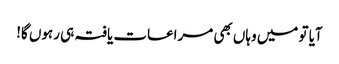
آیا تو میں وہاں بھی مراعات یافتہ ہی رہوں گا!